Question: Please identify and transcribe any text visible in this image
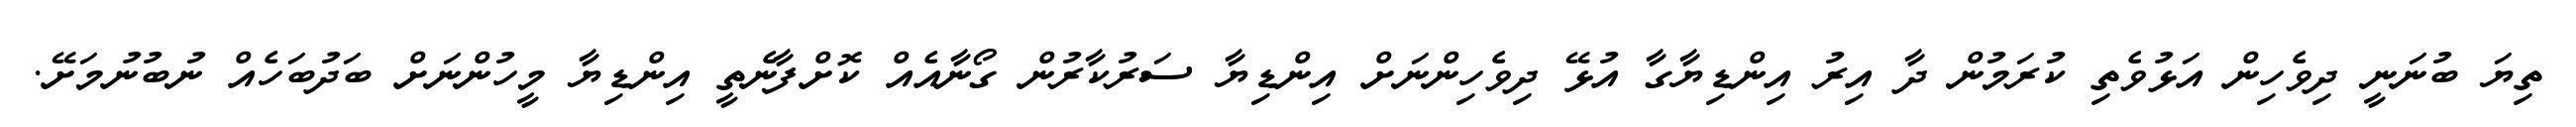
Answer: ތިޔަ ބުނަނީ ދިވެހިން އަޅުވެތި ކުރަމުން ދާ އިރު އިންޑިޔާގާ އުޅޭ ދިވެހިންނަށް އިންޑިޔާ ސަރުކާރުން ގޯނާއެއް ކޮށްފާނެތީ އިންޑިޔާ މީހުންނަށް ބަދުބަހެއް ނުބުނުމަށޭ.